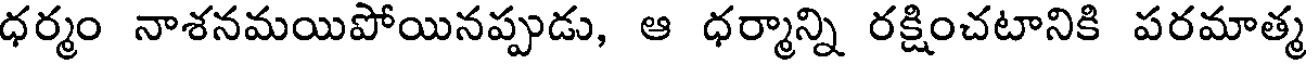
ధర్మం నాశనమయిపోయినప్పుడు, ఆ ధర్మాన్ని రక్షించటానికి పరమాత్మ